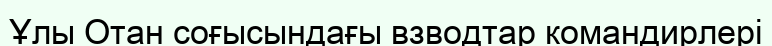
Ұлы Отан соғысындағы взводтар командирлері